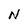
Character: N